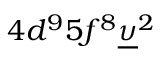
4 d ^ { 9 } 5 f ^ { 8 } \underline { { \upsilon } } ^ { 2 }